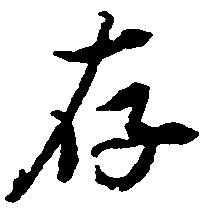
存